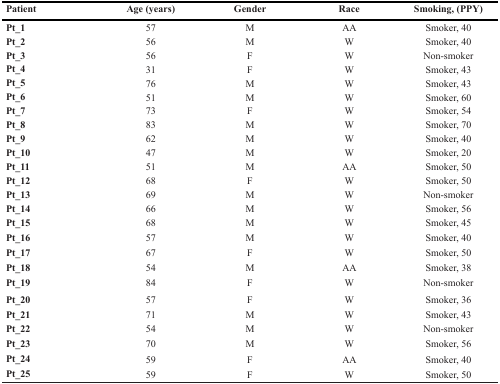
<table><thead><tr><td><b>Patient</b></td><td><b>Age (years)</b></td><td><b>Gender</b></td><td><b>Race</b></td><td><b>Smoking, (PPY)</b></td></tr></thead><tbody><tr><td><b>Pt_1</b></td><td>57</td><td>M</td><td>AA</td><td>Smoker, 40</td></tr><tr><td><b>Pt_2</b></td><td>56</td><td>M</td><td>W</td><td>Smoker, 40</td></tr><tr><td><b>Pt_3</b></td><td>56</td><td>F</td><td>W</td><td>Non-smoker</td></tr><tr><td><b>Pt_4</b></td><td>31</td><td>F</td><td>W</td><td>Smoker, 43</td></tr><tr><td><b>Pt_5</b></td><td>76</td><td>M</td><td>W</td><td>Smoker, 43</td></tr><tr><td><b>Pt_6</b></td><td>51</td><td>M</td><td>W</td><td>Smoker, 60</td></tr><tr><td><b>Pt_7</b></td><td>73</td><td>F</td><td>W</td><td>Smoker, 54</td></tr><tr><td><b>Pt_8</b></td><td>83</td><td>M</td><td>W</td><td>Smoker, 70</td></tr><tr><td><b>Pt_9</b></td><td>62</td><td>M</td><td>W</td><td>Smoker, 40</td></tr><tr><td><b>Pt_10</b></td><td>47</td><td>M</td><td>W</td><td>Smoker, 20</td></tr><tr><td><b>Pt_11</b></td><td>51</td><td>M</td><td>AA</td><td>Smoker, 50</td></tr><tr><td><b>Pt_12</b></td><td>68</td><td>F</td><td>W</td><td>Smoker, 50</td></tr><tr><td><b>Pt_13</b></td><td>69</td><td>M</td><td>W</td><td>Non-smoker</td></tr><tr><td><b>Pt_14</b></td><td>66</td><td>M</td><td>W</td><td>Smoker, 56</td></tr><tr><td><b>Pt_15</b></td><td>68</td><td>M</td><td>W</td><td>Smoker, 45</td></tr><tr><td><b>Pt_16</b></td><td>57</td><td>M</td><td>W</td><td>Smoker, 40</td></tr><tr><td><b>Pt_17</b></td><td>67</td><td>F</td><td>W</td><td>Smoker, 50</td></tr><tr><td><b>Pt_18</b></td><td>54</td><td>M</td><td>AA</td><td>Smoker, 38</td></tr><tr><td><b>Pt_19</b></td><td>84</td><td>F</td><td>W</td><td>Non-smoker</td></tr><tr><td><b>Pt_20</b></td><td>57</td><td>F</td><td>W</td><td>Smoker, 36</td></tr><tr><td><b>Pt_21</b></td><td>71</td><td>M</td><td>W</td><td>Smoker, 43</td></tr><tr><td><b>Pt_22</b></td><td>54</td><td>M</td><td>W</td><td>Non-smoker</td></tr><tr><td><b>Pt_23</b></td><td>70</td><td>M</td><td>W</td><td>Smoker, 56</td></tr><tr><td><b>Pt_24</b></td><td>59</td><td>F</td><td>AA</td><td>Smoker, 40</td></tr><tr><td><b>Pt_25</b></td><td>59</td><td>F</td><td>W</td><td>Smoker, 50</td></tr></tbody></table>